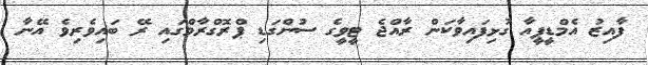
ފާއިޒު އެމްޑީޕީއާ ގުޅިފައިވާކަން ރާއްޖެ ޓީވީގެ ސުންގަޑި ޕްރޮގްރާމްގައި ރޭ ބައިވެރިވެ އޭނާ